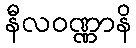
နီလဝဏ္ဏာနိ